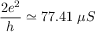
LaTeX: { \frac { 2 e ^ { 2 } } { h } } \simeq 7 7 . 4 1 \; \mu S